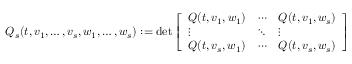
Q _ { s } ( t , v _ { 1 } , \ldots , v _ { s } , w _ { 1 } , \ldots , w _ { s } ) : = \operatorname* { d e t } \left[ \begin{array} { l l l } { Q ( t , v _ { 1 } , w _ { 1 } ) } & { \cdots } & { Q ( t , v _ { 1 } , w _ { s } ) } \\ { \vdots } & { \ddots } & { \vdots } \\ { Q ( t , v _ { s } , w _ { 1 } ) } & { \cdots } & { Q ( t , v _ { s } , w _ { s } ) } \end{array} \right]